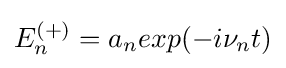
E_{n}^{(+)}=a_{n}exp(-i\nu _{n}t)